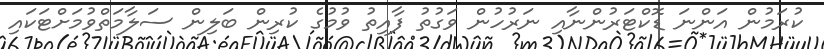
ކުރަމުން އަންނަ ޑޮކްޓަރުންނާއި ނަރުހުން ވަގުތު ފާއިތު ވުމުގެ ކުރިން ބަލިން ސަލާމަތްވުމަށްޓަކައި